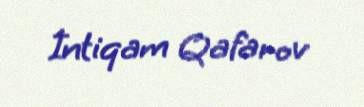
İntiqam Qafarov